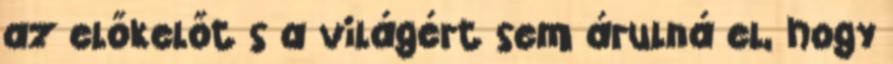
az előkelőt s a világért sem árulná el, hogy